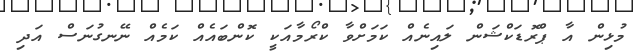
މުޅިން އާ ޕްރޮޑަކްޝަން ލައިނެއް ކަމަށްވާ ކްރޯމާއަކީ ކޮންބައެއް ކަމެއް ނޭނގުނަސް އަދި